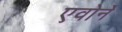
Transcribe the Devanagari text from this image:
एवोर्ने